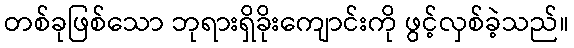
တစ်ခုဖြစ်သော ဘုရားရှိခိုးကျောင်းကို ဖွင့်လှစ်ခဲ့သည်။